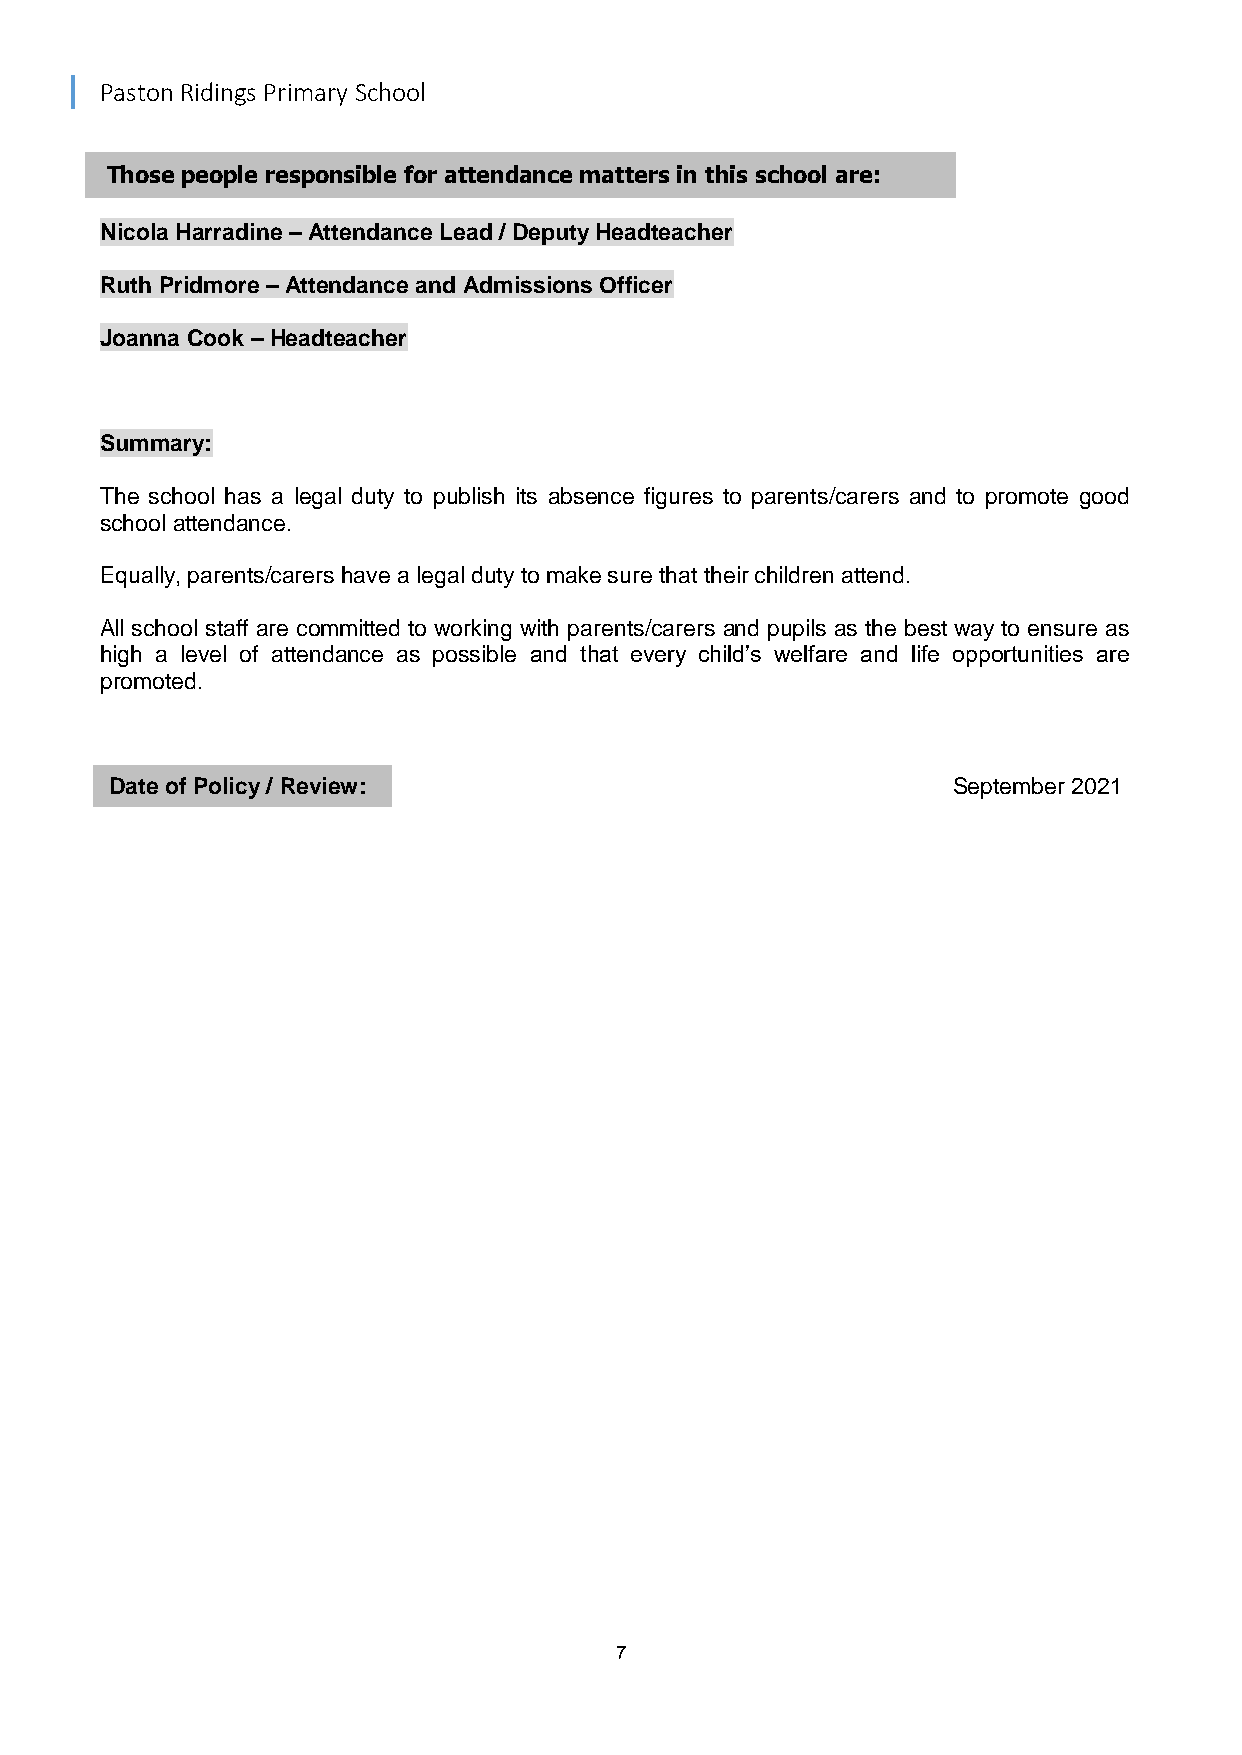
Paston Ridings Primary School
 Those people responsible for attendance matters in this school are:
 Nicola Harradine – Attendance Lead / Deputy Headteacher
 Ruth Pridmore – Attendance and Admissions Officer
 Joanna Cook – Headteacher
 Summary:
 The school has a legal duty to publish its absence figures to parents/carers and to promote good
 school attendance.
 Equally, parents/carers have a legal duty to make sure that their children attend.
 All school staff are committed to working with parents/carers and pupils as the best way to ensure as
 high a level of attendance as possible and that every child’s welfare and life opportunities are
 promoted.
 Date of Policy / Review:                                September 2021
 7